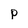
Character: P